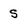
Character: s